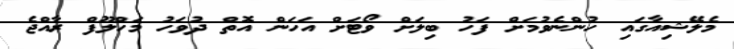
މެލޭޝިއާގައި ހުންނެވުމަށް ފަހު ބިލަށް ވޯޓަށް އަހަން އޮތް ދުވަހު މަހްލޫފް ރާއްޖެ